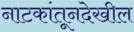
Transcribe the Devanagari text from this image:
नाटकांतूनदेखील